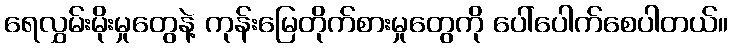
ရေလွှမ်းမိုးမှုတွေနဲ့ ကုန်းမြေတိုက်စားမှုတွေကို ပေါ်ပေါက်စေပါတယ်။